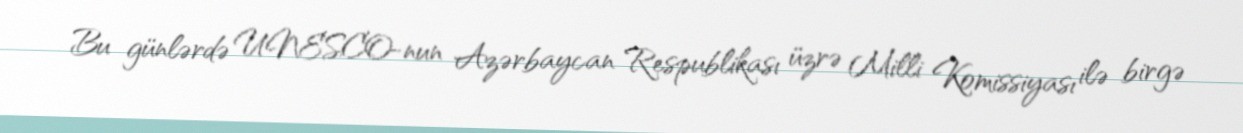
Bu günlərdə UNESCO-nun Azərbaycan Respublikası üzrə Milli Komissiyası ilə birgə